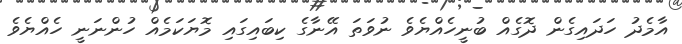
އާމެދު ހަދައިގެން ދޮގެއް ބުނީހެއްޔެވެ ނުވަތަ އޭނާގެ ކިބައިގައި މޮޔަކަމެއް ހުންނަނީ ހެއްޔެވެ